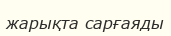
жарықта сарғаяды